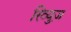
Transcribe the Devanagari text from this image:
रिव्युज़